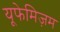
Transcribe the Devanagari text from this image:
यूफेमिज़म